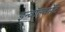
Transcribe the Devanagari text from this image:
इन्वॉल्वमेंट